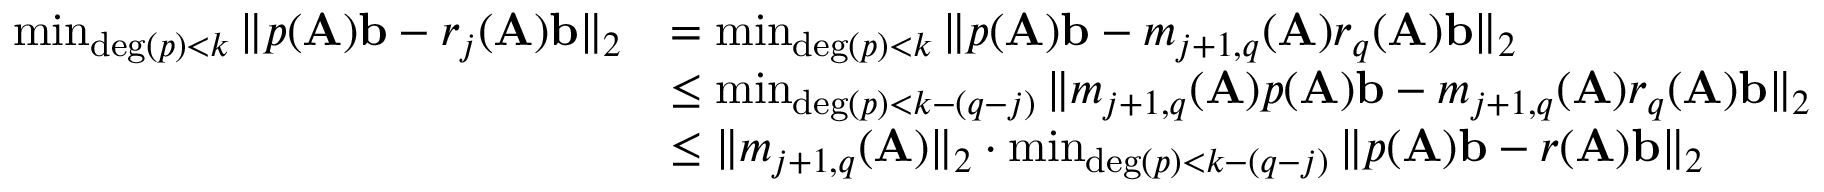
\begin{array} { r l } { \operatorname* { m i n } _ { \mathrm { d e g } ( p ) < k } \| p ( \mathbf { A } ) \mathbf { b } - r _ { j } ( \mathbf { A } ) \mathbf { b } \| _ { 2 } } & { = \operatorname* { m i n } _ { \mathrm { d e g } ( p ) < k } \| p ( \mathbf { A } ) \mathbf { b } - m _ { j + 1 , q } ( \mathbf { A } ) r _ { q } ( \mathbf { A } ) \mathbf { b } \| _ { 2 } } \\ & { \leq \operatorname* { m i n } _ { \mathrm { d e g } ( p ) < k - ( q - j ) } \| m _ { j + 1 , q } ( \mathbf { A } ) p ( \mathbf { A } ) \mathbf { b } - m _ { j + 1 , q } ( \mathbf { A } ) r _ { q } ( \mathbf { A } ) \mathbf { b } \| _ { 2 } } \\ & { \leq \| m _ { j + 1 , q } ( \mathbf { A } ) \| _ { 2 } \cdot \operatorname* { m i n } _ { \mathrm { d e g } ( p ) < k - ( q - j ) } \| p ( \mathbf { A } ) \mathbf { b } - r ( \mathbf { A } ) \mathbf { b } \| _ { 2 } } \end{array}